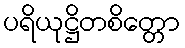
ပရိယုဋ္ဌိတစိတ္တော